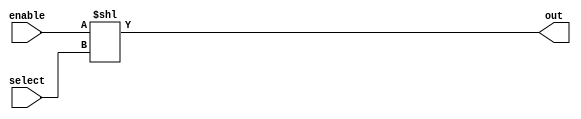
module decoder #(parameter SIZE = 32) (out, select, enable); 
    input [4:0] select; 
    input enable; 
    output [SIZE-1:0] out; 
    
    assign out = enable << select; 

endmodule